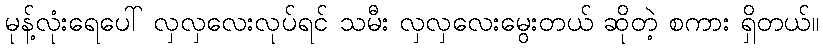
မုန့်လုံးရေပေါ် လှလှလေးလုပ်ရင် သမီး လှလှလေးမွေးတယ် ဆိုတဲ့ စကား ရှိတယ်။